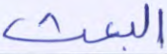
البعث